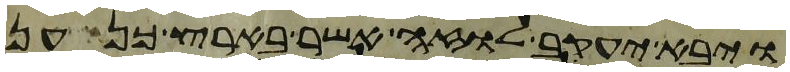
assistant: ויבא יעקב לוזה אשר בארץ כנען